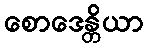
စောဒေန္တိယာ